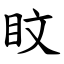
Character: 盿